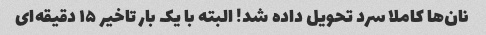
نان‌ها کاملا سرد تحویل داده شد! البته با یک بار تاخیر ۱۵ دقیقه‌ای